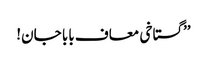
’’گستاخی معاف بابا جان!